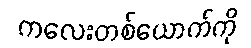
ကလေးတစ်ယောက်ကို